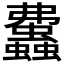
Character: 𧕒